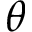
\theta